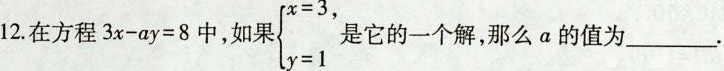
在方程$$3 x - a y = 8$$中加果 $$\left\{ \begin{matrix} x=3, \\ y=1 \\ \end{matrix} \right.$$ 是它由一个解，那么a的值为___。